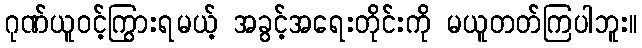
ဂုဏ်ယူဝင့်ကြွားရမယ့် အခွင့်အရေးတိုင်းကို မယူတတ်ကြပါဘူး။